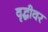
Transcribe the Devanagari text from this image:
वृद्धीवर